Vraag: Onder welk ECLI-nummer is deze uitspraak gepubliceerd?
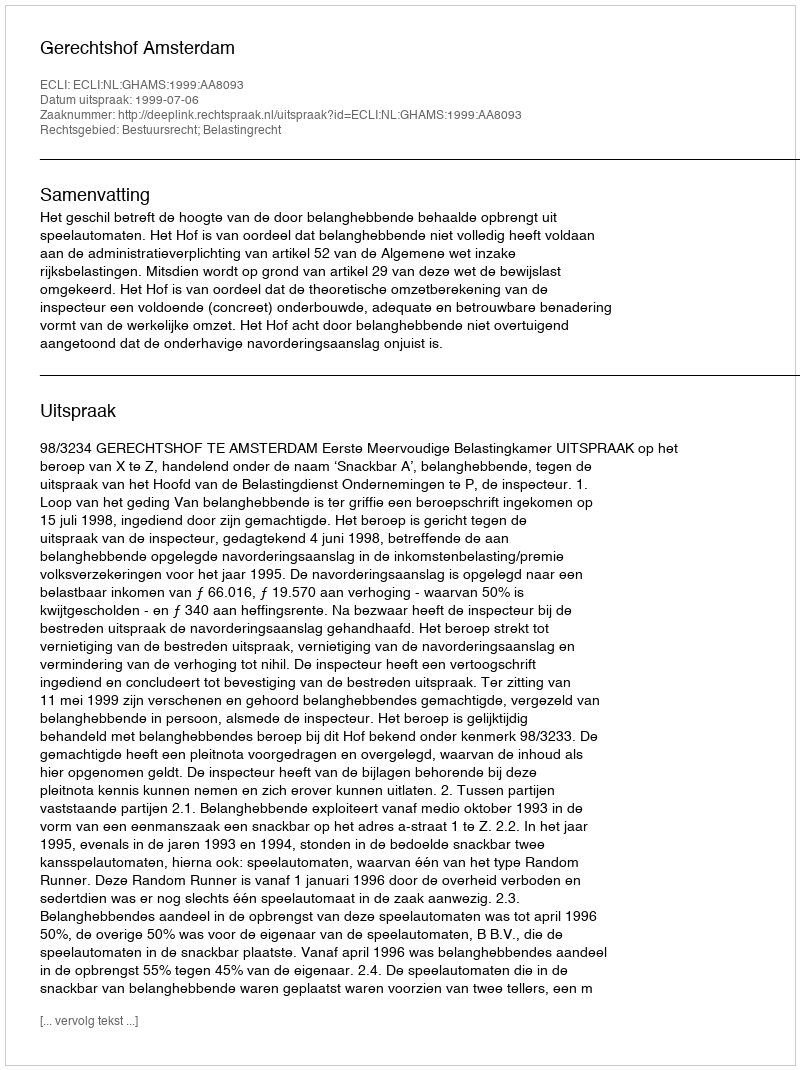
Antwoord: ECLI:NL:GHAMS:1999:AA8093